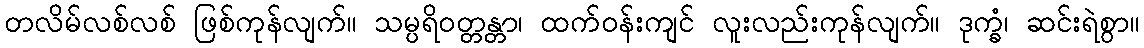
တလိမ်လစ်လစ် ဖြစ်ကုန်လျက်။ သမ္ပရိဝတ္တန္တာ၊ ထက်ဝန်းကျင် လူးလည်းကုန်လျက်။ ဒုက္ခံ၊ ဆင်းရဲစွာ။